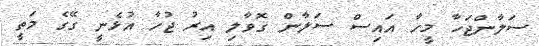
ސަލާންޖަހާ މީހާ އައިސް ސަލާން ގޮވާލި އިރު ޖުހާ އުޅެނީ ގޭގެ މަތީ